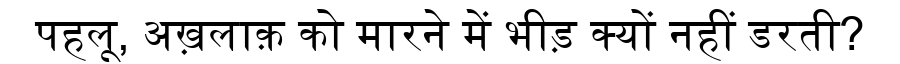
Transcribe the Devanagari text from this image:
पहलू, अख़लाक़ को मारने में भीड़ क्यों नहीं डरती?